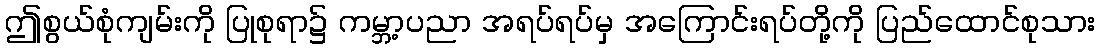
ဤစွယ်စုံကျမ်းကို ပြုစုရာ၌ ကမ္ဘာ့ပညာ အရပ်ရပ်မှ အကြောင်းရပ်တို့ကို ပြည်ထောင်စုသား